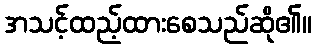
အသင့်ထည့်ထားစေသည်ဆို၏။